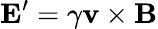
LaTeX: \mathbf{E}^{\prime}=\gamma\mathbf{v}\times\mathbf{B}